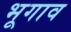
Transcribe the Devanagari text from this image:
भूगाव